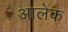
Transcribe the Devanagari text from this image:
आलेक